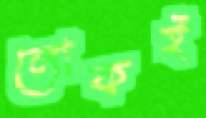
লোকই